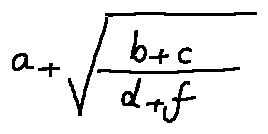
a + \sqrt { \frac { b + c } { d + f } }